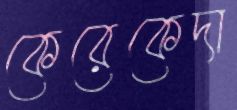
কেরেকেদা